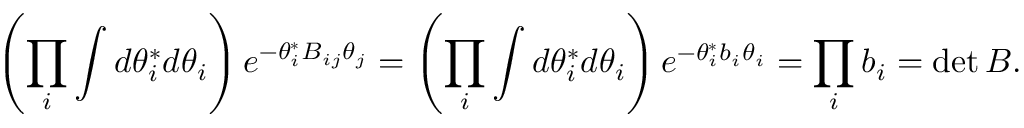
\left( \prod _ { i } \int d \theta _ { i } ^ { * } d \theta _ { i } \right) e ^ { - \theta _ { i } ^ { * } B _ { i j } \theta _ { j } } = \left( \prod _ { i } \int d \theta _ { i } ^ { * } d \theta _ { i } \right) e ^ { - \theta _ { i } ^ { * } b _ { i } \theta _ { i } } = \prod _ { i } b _ { i } = \operatorname* { d e t } B .